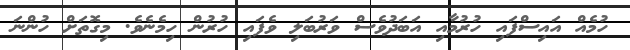
ހުމެއް އައިސްފައި ހުރުމާއި އަބަދުވެސް ވަރުބަލި ވެފައި ހުރުން ހިމެނެވެ. މިގޮތަށް ހުންނަ